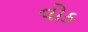
વોક